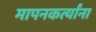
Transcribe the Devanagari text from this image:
मापनकर्त्यांना